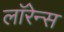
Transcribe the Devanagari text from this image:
लाॅरेन्स